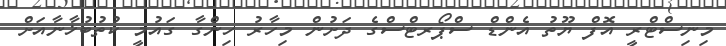
މިނިސްޓްރީ އޮފް ޔޫތު އެންޑް ސްޕޯރޓްސްގެ ދަށުން މިހާރު ހިންގާ ގައުމީ ކުތުބުޚާނާއަށް